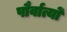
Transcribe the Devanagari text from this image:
पौर्वात्यों